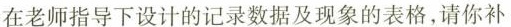
在老师指导下设计的记录数据及现象的表格，请你补